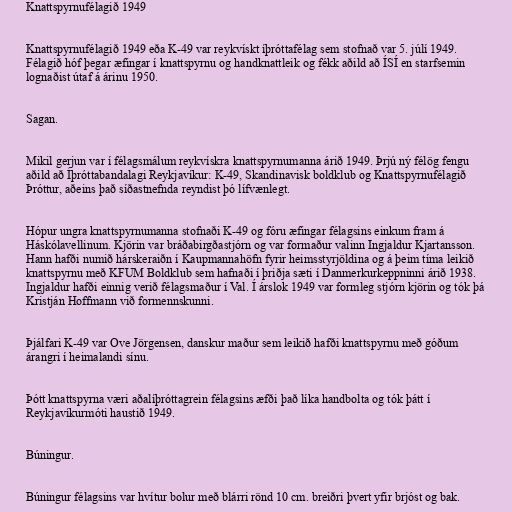
Knattspyrnufélagið 1949

Knattspyrnufélagið 1949 eða K-49 var reykvískt íþróttafélag sem stofnað var 5. júlí 1949.
Félagið hóf þegar æfingar í knattspyrnu og handknattleik og fékk aðild að ÍSÍ en starfsemin
lognaðist útaf á árinu 1950.

Sagan.

Mikil gerjun var í félagsmálum reykvískra knattspyrnumanna árið 1949. Þrjú ný félög fengu
aðild að Íþróttabandalagi Reykjavíkur: K-49, Skandinavisk boldklub og Knattspyrnufélagið
Þróttur, aðeins það síðastnefnda reyndist þó lífvænlegt.

Hópur ungra knattspyrnumanna stofnaði K-49 og fóru æfingar félagsins einkum fram á
Háskólavellinum. Kjörin var bráðabirgðastjórn og var formaður valinn Ingjaldur Kjartansson.
Hann hafði numið hárskeraiðn í Kaupmannahöfn fyrir heimsstyrjöldina og á þeim tíma leikið
knattspyrnu með KFUM Boldklub sem hafnaði í þriðja sæti í Danmerkurkeppninni árið 1938.
Ingjaldur hafði einnig verið félagsmaður í Val. Í árslok 1949 var formleg stjórn kjörin og tók þá
Kristján Hoffmann við formennskunni.

Þjálfari K-49 var Ove Jörgensen, danskur maður sem leikið hafði knattspyrnu með góðum
árangri í heimalandi sínu.

Þótt knattspyrna væri aðalíþróttagrein félagsins æfði það líka handbolta og tók þátt í
Reykjavíkurmóti haustið 1949.

Búningur.

Búningur félagsins var hvítur bolur með blárri rönd 10 cm. breiðri þvert yfir brjóst og bak.